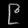
Digit: ၉